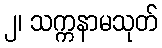
၂၊ သက္ကနာမသုတ်